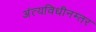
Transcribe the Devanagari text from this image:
अंत्यविधीनम्तर